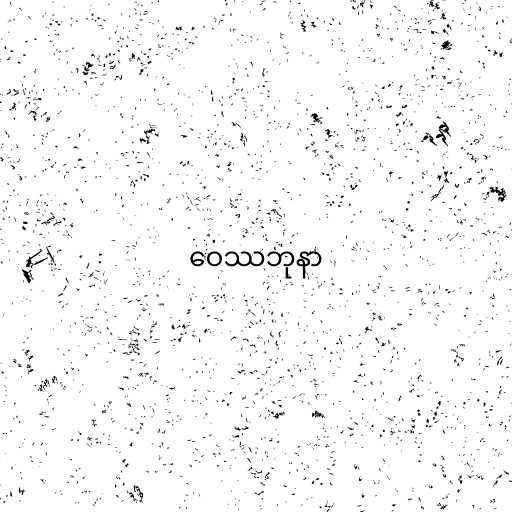
ဝေဿဘုနာ